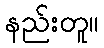
နည်းတူ။